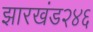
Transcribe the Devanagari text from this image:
झारखंड२४६